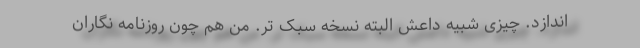
اندازد. چیزی شبیه داعش البته نسخه سبک تر. من هم چون روزنامه نگاران